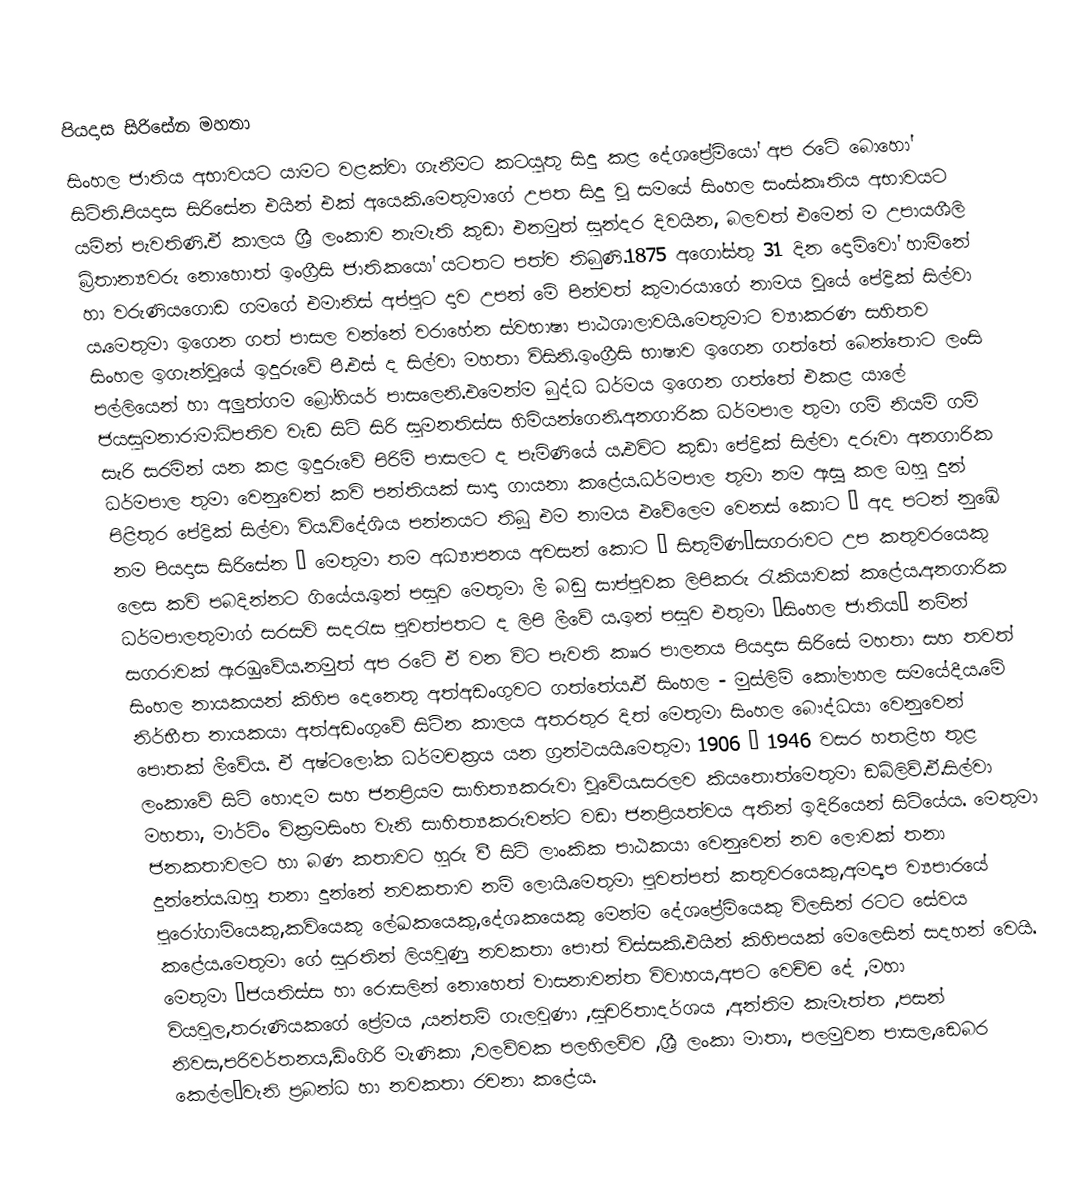
පියදාස සිරිසේන මහතා
සිංහල ජාතිය අභාවයට යාමට වළක්වා ගැනීමට කටයුතු සිදු කළ දේශප්‍රේමියෝ අප රටේ බොහෝ සිටිති.පියදාස සිරිසේන එයින් එක් අයෙකි.මෙතුමාගේ උපත සිදු වූ සමයේ සිංහල සංස්කෘතිය අභාවයට යමින් පැවතිණි.ඒ කාලය ශ්‍රී ලංකාව නැමැති කුඩා එනමුත් සුන්දර දිවයින, බලවත් එමෙන් ම උපායශීලි බ්‍රිතාන්‍යවරු නොහොත් ඉංග්‍රීසි ජාතිකයෝ යටතට පත්ව තිබුණි.1875 අගෝස්තු 31 දින දොම්වෝ හාමිනේ හා වරුණියගොඩ ගමගේ එමානිස් අප්පුට දාව උපන් මේ පින්වත් කුමාරයාගේ නාමය වූයේ පේද්‍රික් සිල්වා ය.මෙතුමා ඉගෙන ගත් පාසල වන්නේ වරාහේන ස්වභාෂා පාඨශාලාවයි.මෙතුමාට ව්‍යාකරණ සහිතව සිංහල ඉගැන්වූයේ ඉදුරුවේ පී.එස් ද සිල්වා මහතා විසිනි.ඉංග්‍රීසි භාෂාව ඉගෙන ගත්තේ බෙන්තොට ලංසි පල්ලියෙන් හා අලුත්ගම බ්‍රෝහියර් පාසලෙනි.එමෙන්ම බුද්ධ ධර්මය ඉගෙන ගත්තේ එකළ යාලේ ජයසුමනාරාමාධිපතිව වැඩ සිටි සිරි සුමනතිස්ස හිමියන්ගෙනි.අනගාරික ධර්මපාල තුමා ගම් නියම් ගම් සැරි සරමින් යන කළ ඉදුරුවේ පිරිමි පාසලට ද පැමිණියේ ය.එවිට කුඩා පේද්‍රික් සිල්වා දරුවා අනගාරික ධර්මපාල තුමා වෙනුවෙන් කවි පන්තියක් සාදා ගායනා කළේය.ධර්මපාල තුමා නම ඇසූ කල ඔහු දුන් පිළිතුර පේද්‍රික් සිල්වා විය.විදේශිය පන්නයට තිබූ එම නාමය එවේලෙම වෙනස් කොට “ අද පටන් නුඹේ නම පියදාස සිරිසේන ” මෙතුමා තම අධ්‍යාපනය අවසන් කොට “ සිතුමිණ”සගරාවට උප කතුවරයෙකු ලෙස කවි පබදින්නට ගියේය.ඉන් පසුව මෙතුමා ලී බඩු සාප්පුවක ලිපිකරු රැකියාවක් කළේය.අනගාරික ධර්මපාලතුමාග් සරසවි සදරැස පුවත්පතට ද ලිපි ලීවේ ය.ඉන් පසුව එතුමා “සිංහල ජාතිය” නමින් සගරාවක් ඇරඹුවේය.නමුත් අප රටේ ඒ වන විට පැවති කෲර පාලනය පියදාස සිරිසේ මහතා සහ තවත් සිංහල නායකයන් කිහිප දෙනෙතු අත්අඩංගුවට ගත්තේය.ඒ සිංහල - මුස්ලිම් කෝලාහල සම‍යේදීය.මේ නිර්භීත නායකයා අත්අඩංගුවේ සිටින කාලය අතරතුර දිත් මෙතුමා සිංහල බෞද්ධයා වෙනුවෙන් පොතක් ලීවේය. ඒ අෂ්ටලෝක ධර්මචක්‍රය යන ග්‍රන්ථයයි.මෙතුමා 1906 – 1946 වසර හතළිහ තුළ ලංකාවේ සිටි හොදම සහ ජනප්‍රියම සාහිත්‍යකරුවා වූවේය.සරලව කියතොත්මෙතුමා ඩබ්ලිව්.ඒ.සිල්වා මහතා, මාර්ටිං වික්‍රමසිංහ වැනි සාහිත්‍යකරුවන්ට වඩා ජනප්‍රියත්වය අතින් ඉදිරියෙන් සිටියේය.  මෙතුමා ජනකතාවලට හා බණ කතාවට හුරු වී සිටි ලාංකික පාඨකයා වෙනුවෙන් නව ලොවක් තනා දුන්නේය.ඔහු තනා දුන්නේ නවකතාව නම් ලොයි.මෙතුමා පුවත්පත් කතුවරයෙකු,අමද්‍යප ව්‍යපාරයේ පුරෝගාමියෙකු,කවියෙකු ලේඛකයෙකු,දේශකයෙකු මෙන්ම දේශප්‍රේමියෙකු විලසින් රටට ‍සේවය කළේය.මෙතුමා ගේ සුරතින් ලියවුණු නවකතා පොත් විස්සකි.එයින් කිහිපයක් මෙලෙසින් සදහන් වෙයි. මෙතුමා “ජයතිස්ස හා රොසලින් නොහෙත් වාසනාවන්ත විවාහය,අපට වෙච්ච දේ ,මහා වියවුල,තරුණියකගේ ප්‍රේමය ,යන්තම් ගැලවුණා ,සුචරිතාදර්ශය ,අන්තිම කැමැත්ත ,පසන් නිවස,පරිවර්තනය,ඩිංගිරි මැණිකා ,වලව්වක පලහිලව්ව ,ශ්‍රී ලංකා මාතා, පලමුවන පාසල,ඩෙබර කෙල්ල”වැනි ප්‍රබන්ධ හා නවකතා රචනා කළේය.